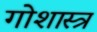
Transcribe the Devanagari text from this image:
गोशास्त्र